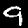
Digit: 9